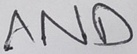
Text: AND